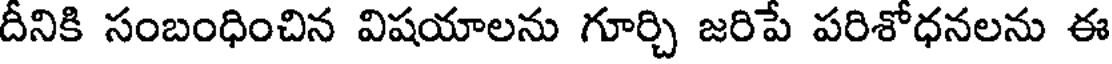
దీనికి సంబంధించిన విషయాలను గూర్చి జరిపే పరిశోధనలను ఈ